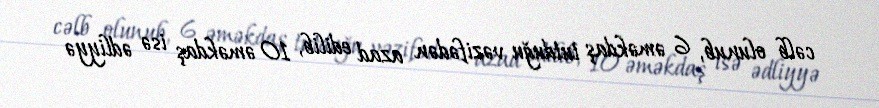
cəlb olunub, 6 əməkdaş tutduğu vəzifədən azad edilib, 10 əməkdaş isə ədliyyə